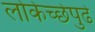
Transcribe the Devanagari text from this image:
लोकेच्छेपुढे